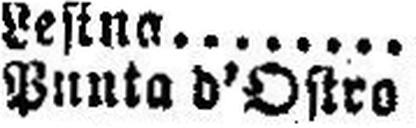
Punta d'Ostro